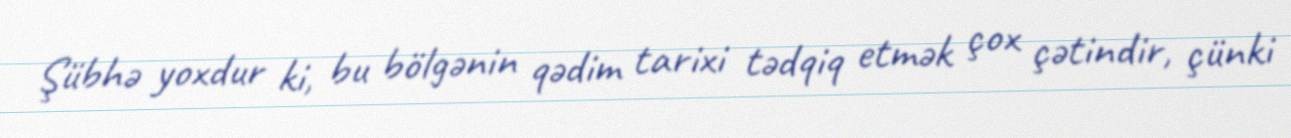
Şübhə yoxdur ki, bu bölgənin qədim tarixi tədqiq etmək çox çətindir, çünki